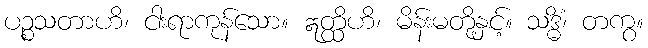
ပဉ္စသတာဟိ၊ ငါးရာကုန်သော။ ဣတ္ထိဟိ၊ မိန်းမတို့နှင့်။ သဒ္ဓိံ၊ တကွ။